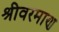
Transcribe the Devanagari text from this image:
श्रीवरमाण